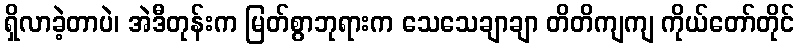
ရှိလာခဲ့တာပဲ၊ အဲဒီတုန်းက မြတ်စွာဘုရားက သေသေချာချာ တိတိကျကျ ကိုယ်တော်တိုင်